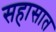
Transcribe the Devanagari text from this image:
सहासात